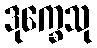
ဒုက္ခေသု